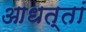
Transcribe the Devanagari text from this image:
आधत्तां